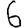
Digit: 6